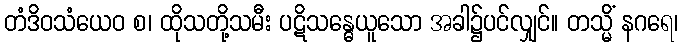
တံဒိဝသံယေဝ စ၊ ထိုသတို့သမီး ပဋိသန္ဓေယူသော အခါ၌ပင်လျှင်။ တသ္မိံ နဂရေ၊